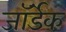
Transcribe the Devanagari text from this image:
जॉर्डेक